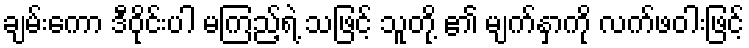
ချမ်းကော ဒီဝိုင်းပါ မကြည့်ရဲ့ သဖြင့် သူတို့ ၏ မျက်နှာကို လက်ဖဝါးဖြင့်